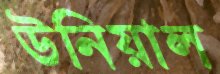
উনিয়াল